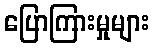
ပြောကြားမှုများ